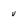
Character: v